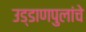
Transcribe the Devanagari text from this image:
उड्डाणपुलांचे